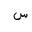
Letter: _sin